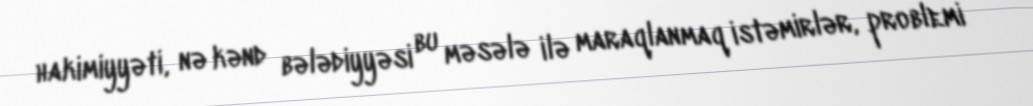
hakimiyyəti, nə kənd bələdiyyəsi bu məsələ ilə maraqlanmaq istəmirlər, problemi